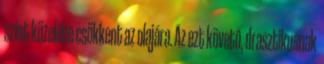
szint közelébe csökkent az olajára. Az ezt követő, drasztikusnak